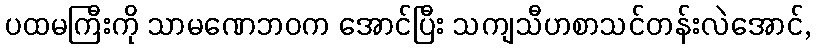
ပထမကြီးကို သာမဏေဘဝက အောင်ပြီး သကျသီဟစာသင်တန်းလဲအောင်,